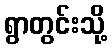
ရွာတွင်းသို့